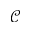
\mathcal { C }